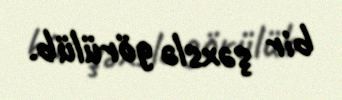
bir şəxslə görülüb.